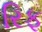
રિફ